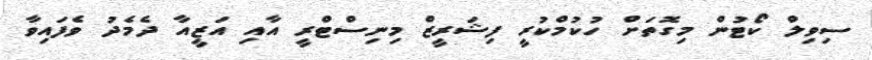
ސިވިލް ކޯޓުން މިގޮތަށް ހުކުމްކުރީ ފިޝަރީޒް މިނިސްޓްރީ އާއި އަޒީއާ ދެމެދު ވެފައިވާ